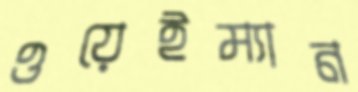
ওয়েইম্যান